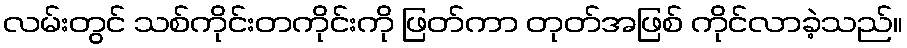
လမ်းတွင် သစ်ကိုင်းတကိုင်းကို ဖြတ်ကာ တုတ်အဖြစ် ကိုင်လာခဲ့သည်။